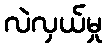
လဲလှယ်မှု